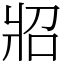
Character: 㸛